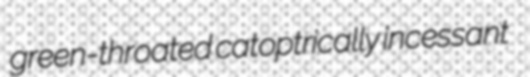
green-throated catoptrically incessant